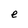
Character: e